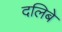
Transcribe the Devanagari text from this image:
दलिबे